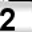
Digit: 2